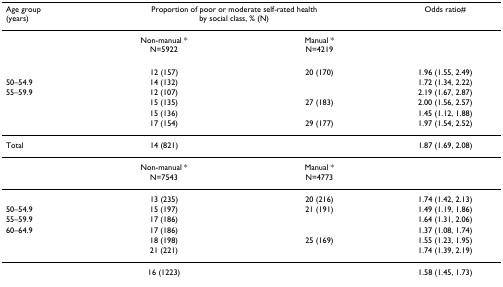
<table><thead><tr><td><b>Age group(years)</b></td><td colspan="2"><b>Proportion of poor or moderate self-rated health by social class, % (N)</b></td><td><b>Odds ratio#</b></td></tr></thead><tbody><tr><td>[EMPTY_CELL]</td><td>Non-manual *N=5922</td><td>Manual * N=4219</td><td>[EMPTY_CELL]</td></tr><tr><td>[EMPTY_CELL]</td><td>12 (157)</td><td>20 (170)</td><td>1.96 (1.55, 2.49)</td></tr><tr><td>50–54.9</td><td>14 (132)</td><td>[EMPTY_CELL]</td><td>1.72 (1.34, 2.22)</td></tr><tr><td>55–59.9</td><td>12 (107)</td><td>[EMPTY_CELL]</td><td>2.19 (1.67, 2.87)</td></tr><tr><td>[EMPTY_CELL]</td><td>15 (135)</td><td>27 (183)</td><td>2.00 (1.56, 2.57)</td></tr><tr><td>[EMPTY_CELL]</td><td>15 (136)</td><td>[EMPTY_CELL]</td><td>1.45 (1.12, 1.88)</td></tr><tr><td>[EMPTY_CELL]</td><td>17 (154)</td><td>29 (177)</td><td>1.97 (1.54, 2.52)</td></tr><tr><td>Total</td><td>14 (821)</td><td>[EMPTY_CELL]</td><td>1.87 (1.69, 2.08)</td></tr><tr><td>[EMPTY_CELL]</td><td>Non-manual * N=7543</td><td>Manual * N=4773</td><td>[EMPTY_CELL]</td></tr><tr><td>[EMPTY_CELL]</td><td>13 (235)</td><td>20 (216)</td><td>1.74 (1.42, 2.13)</td></tr><tr><td>50–54.9</td><td>15 (197)</td><td>21 (191)</td><td>1.49 (1.19, 1.86)</td></tr><tr><td>55–59.9</td><td>17 (186)</td><td>[EMPTY_CELL]</td><td>1.64 (1.31, 2.06)</td></tr><tr><td>60–64.9</td><td>17 (186)</td><td>[EMPTY_CELL]</td><td>1.37 (1.08, 1.74)</td></tr><tr><td>[EMPTY_CELL]</td><td>18 (198)</td><td>25 (169)</td><td>1.55 (1.23, 1.95)</td></tr><tr><td>[EMPTY_CELL]</td><td>21 (221)</td><td>[EMPTY_CELL]</td><td>1.74 (1.39, 2.19)</td></tr><tr><td>[EMPTY_CELL]</td><td>16 (1223)</td><td>[EMPTY_CELL]</td><td>1.58 (1.45, 1.73)</td></tr></tbody></table>